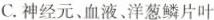
C.神经元、血液、洋葱鳞片叶